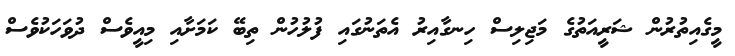
މީގެއިތުރުން ޝަރީއަތުގެ މަޖިލިސް ހިނގާއިރު އެތަނުގައި ފުލުހުން ތިބޭ ކަމަށާއި މިއީވެސް ދުވަހަކުވެސް